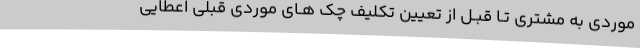
موردی به مشتری تـا قبـل از تعیین تکلیف چک‌ هـای موردی قبلی اعطایی